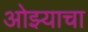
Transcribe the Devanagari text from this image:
ओझ्याचा